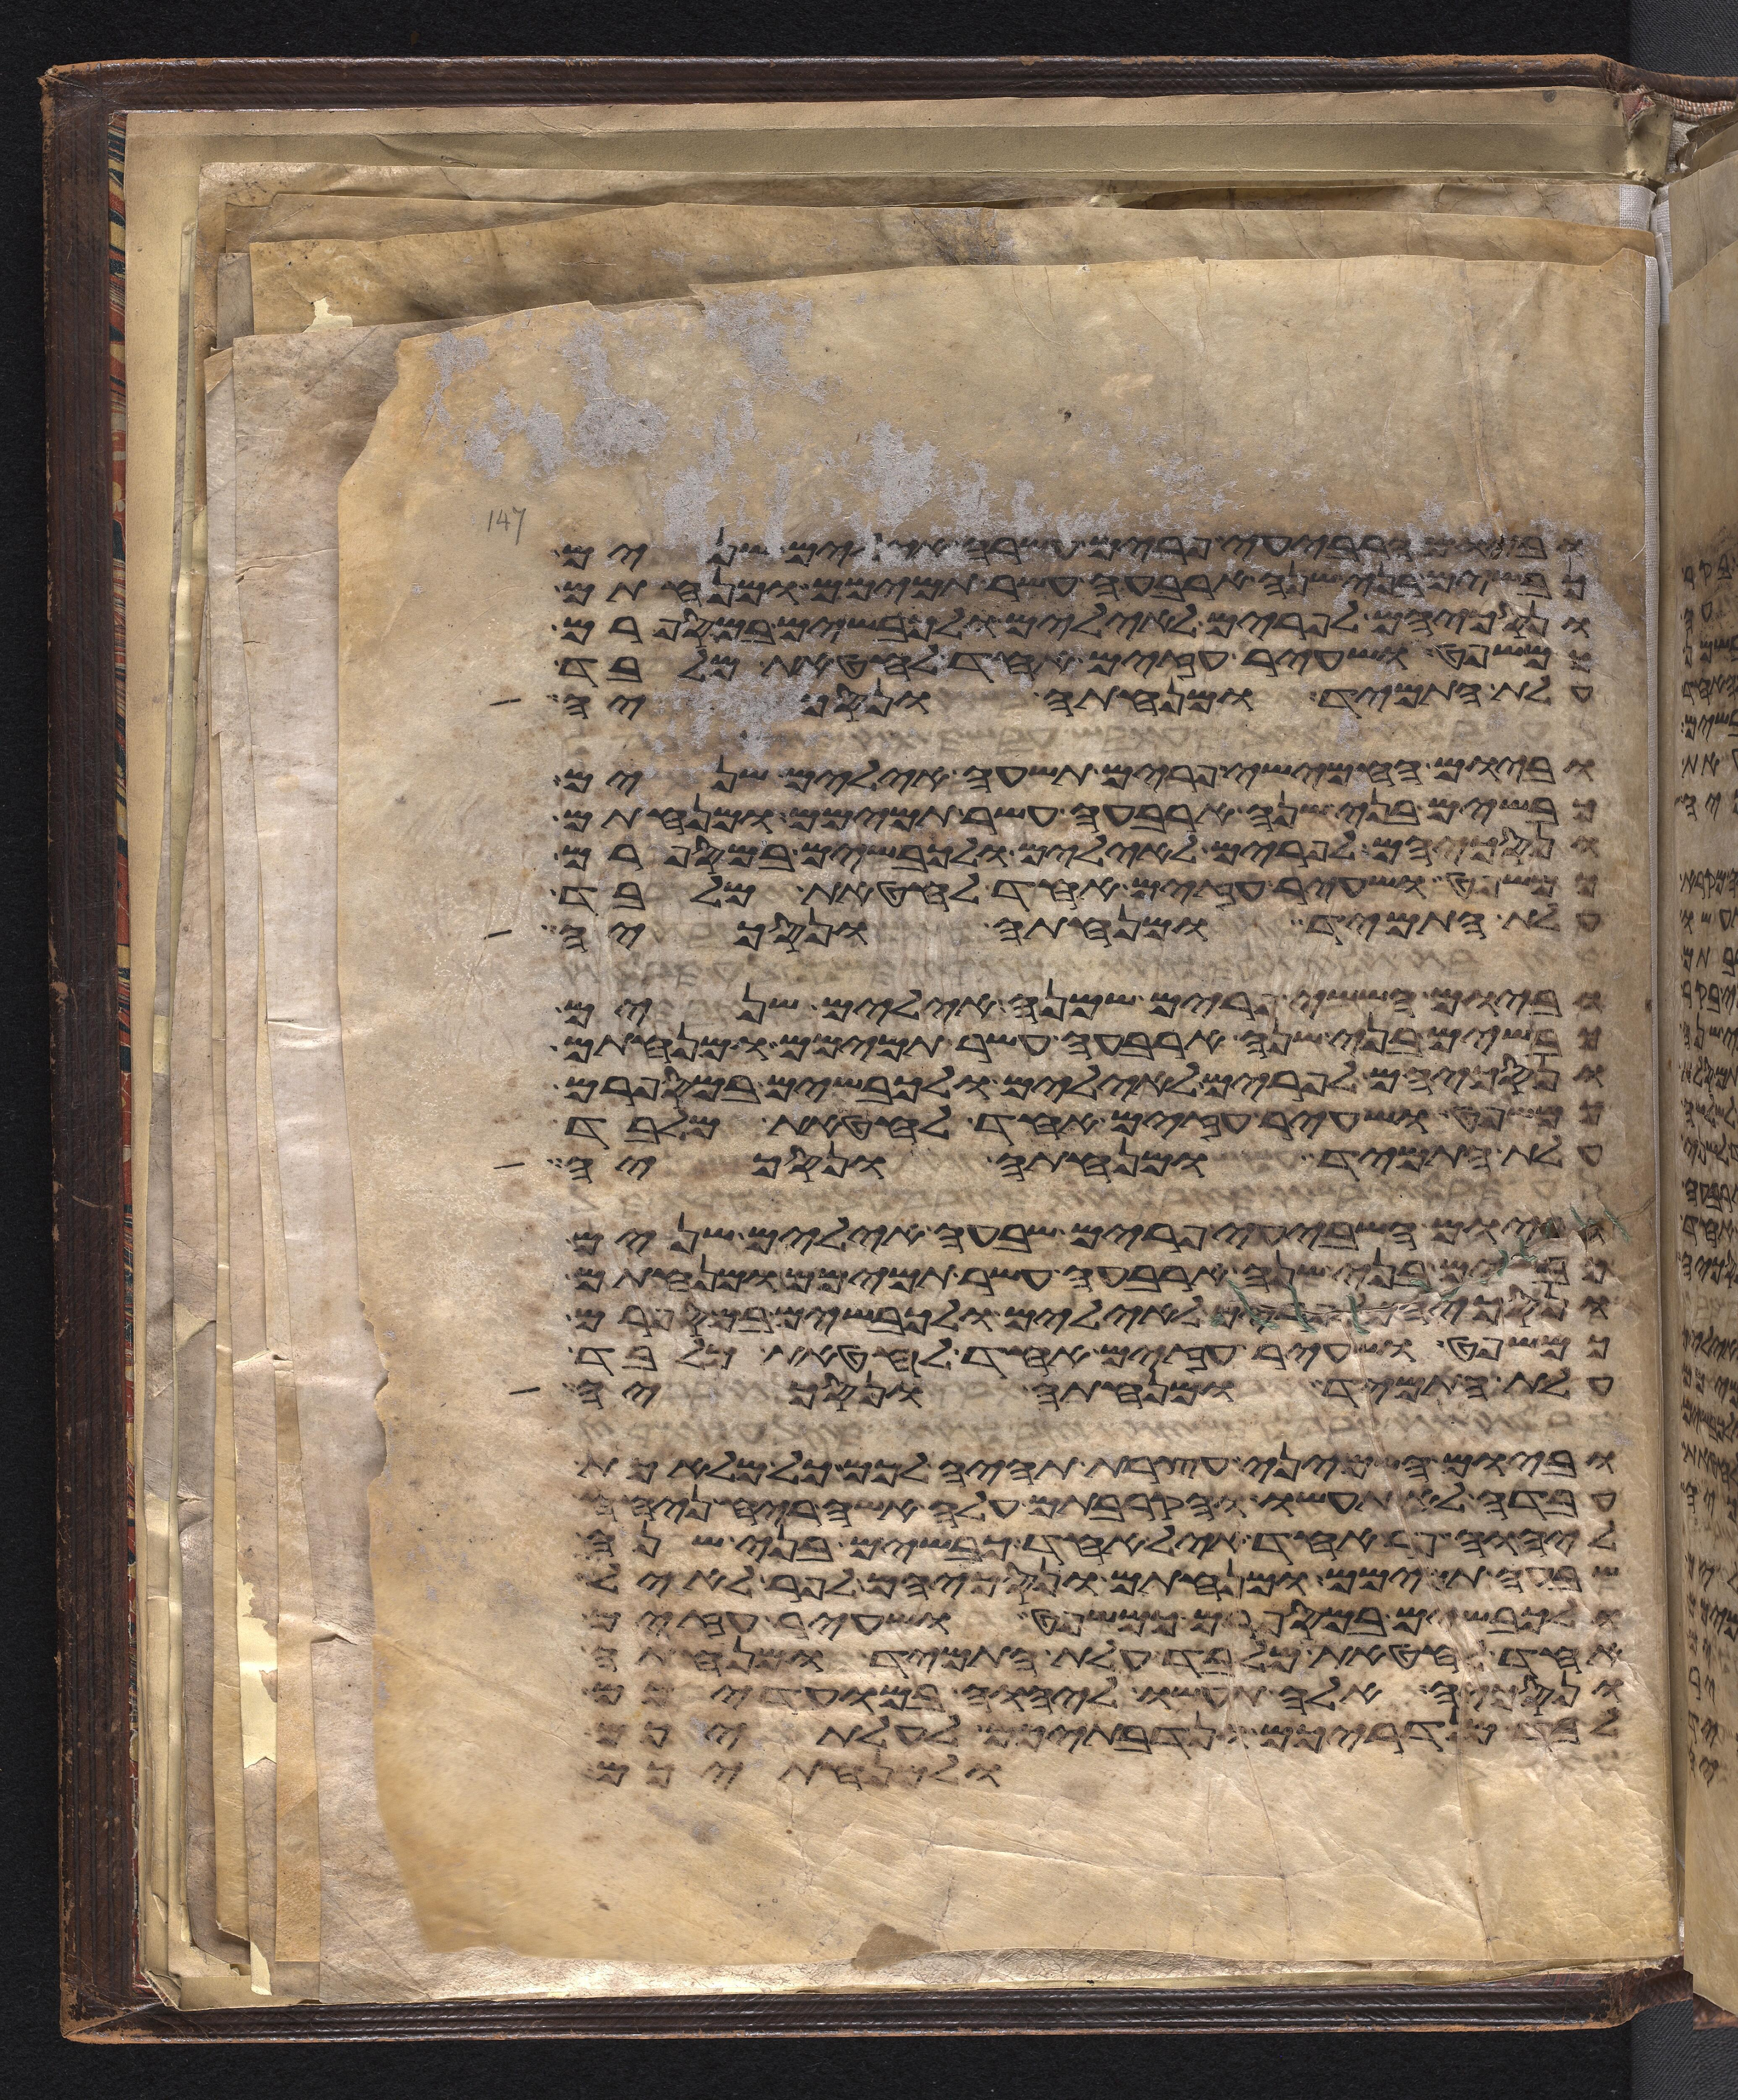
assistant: וביום הרביעי פרים עשרה אילים שנים
כבשים בני שנה ארבעה עשר תמימם ומנחתם
ונסכיהם לפרים לאילים ולכבשים במספרם
כמשפט ושעיר עזים אחד לחטאת מלבד
עלת התמיד ומנחתה ונסכיה
וביום החמישי פרים תשעה אילים שנים
כבשים בני שנה ארבעה עשר תמימם ומנחתם
ונסכיהם לפרים לאילים ולכבשים במספרם
כמשפט ושעיר עזים אחד לחטאת מלבד
עלת התמיד ומנחתה ונסכיה
וביום הששי פרים שמנה אילים שנים
כבשים בני שנה ארבעה עשר תמימם ומנחתם
ונסכיהם לפרים לאילים ולכבשים במספרם
כמשפט ושעיר עזים אחד לחטאת מלבד
עלת התמיד ומנחתה ונסכיה
וביום השביעי פרים שבעה אילים שנים
כבשים בני שנה ארבעה עשר תמימם ומנחתם
ונסכיהם לפרים לאילים ולכבשים במספרם
כמשפט ושעיר עזים אחד לחטאת מלבד
עלת התמיד ומנחתה ונסכיה
וביום השמיני עצרת תהיה לכם כל מלאכת
עבדה לא תעשו והקרבתם עלה אשה ריח ניחח
ליהוה פר אחד איל אחד כבשים בני שנה
שבעה תמימם ומנחתם ונסכיהם לפר לאיל
ולכבשים במספרם כמשפט ושעיר עזים
אחד לחטאת מלבד עלת התמיד ומנחתה
ונסכיה אלה תעשו ליהוה במועדיכם
לבד מנדריכם ונדבתיכם לעלתיכם
ולמנחתיכם